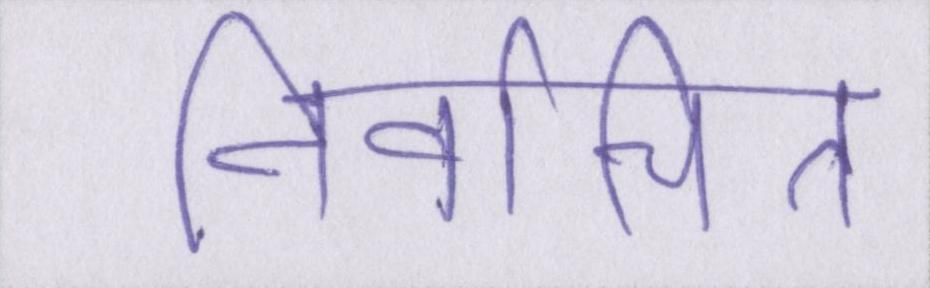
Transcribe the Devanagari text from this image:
निर्वाचित